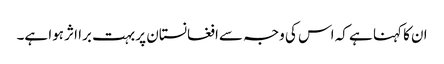
ان کا کہنا ہے کہ اس کی وجہ سےافغانستان پر بہت برا اثر ہوا ہے۔